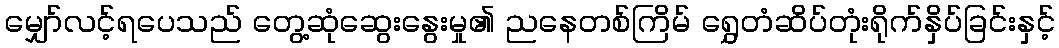
မျှော်လင့်ရပေသည် တွေ့ဆုံဆွေးနွေးမှု၏ ညနေတစ်ကြိမ် ရွှေတံဆိပ်တုံးရိုက်နှိပ်ခြင်းနှင့်